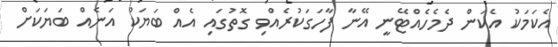
އެކަމަކު އެކަން ދެމެހެއްޓޭނީ އޭނާ ފާހަގަކުރެއްވި ގޮތުގައި އެއް ބަޔަކު އަނެއް ބަޔަކަށް